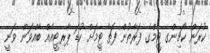
ކުރަން ކޯޗިންގ ޓީމްގެ ފަރާތުން ފަތާ ޓީމަށް ކުޑަ ޕާރޓީއެއް ބާއްވަން ވަނީ